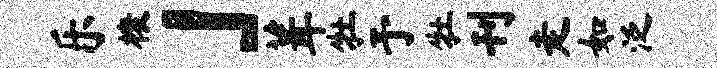
乐榱」葺牡予牡刊走如泛